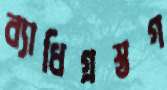
ব্যাধিগ্রস্তগ